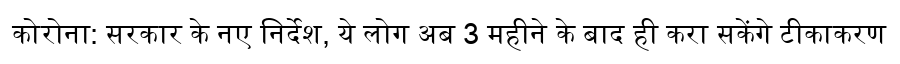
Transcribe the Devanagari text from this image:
कोरोना: सरकार के नए निर्देश, ये लोग अब 3 महीने के बाद ही करा सकेंगे टीकाकरण